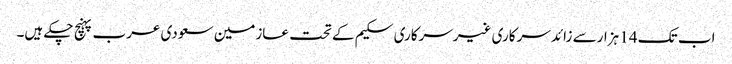
اب تک 14 ہزارسے زائد سرکاری غیرسرکاری سکیم کے تحت عازمین سعودی عرب پہنچ چکے ہیں۔